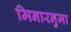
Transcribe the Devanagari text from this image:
मिनारनुमा